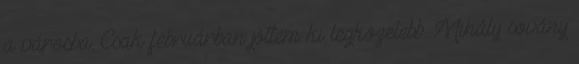
a városba. Csak februárban jöttem ki legközelebb. Mihály sovány